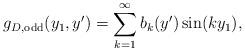
LaTeX: \begin{align*}g_{D,\mathrm{odd}}(y_1,y') = \sum_{k=1}^\infty b_k(y')\sin(ky_1),\end{align*}